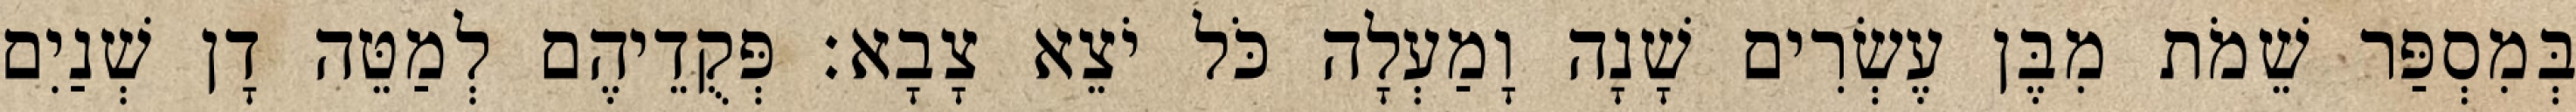
בְּמִסְפַּר שֵׁמֹת מִבֶּן עֶשְׂרִים שָׁנָה וָמַעְלָה כֹּל יֹצֵא צָבָא׃ פְּקֻדֵיהֶם לְמַטֵּה דָן שְׁנַיִם